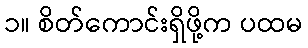
၁။ စိတ်ကောင်းရှိဖို့က ပထမ